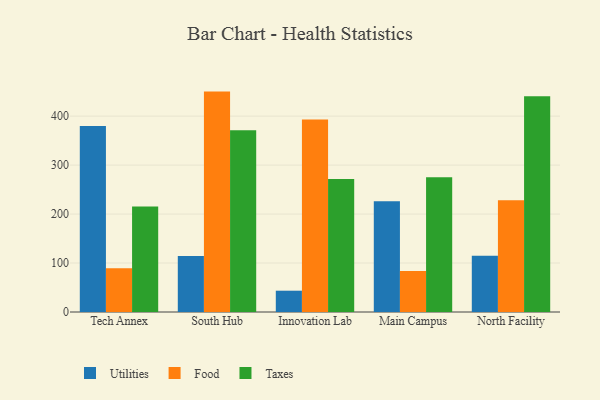
{"axis": {"x": "Campus", "y": "Revenue (USD Million)"}, "legend": ["Food", "Taxes", "Utilities"], "data": [{"x": "Tech Annex", "y": 379.9, "type": "Utilities"}, {"x": "Tech Annex", "y": 89.2, "type": "Food"}, {"x": "Tech Annex", "y": 215.7, "type": "Taxes"}, {"x": "South Hub", "y": 114.3, "type": "Utilities"}, {"x": "South Hub", "y": 450.1, "type": "Food"}, {"x": "South Hub", "y": 371.1, "type": "Taxes"}, {"x": "Innovation Lab", "y": 43.5, "type": "Utilities"}, {"x": "Innovation Lab", "y": 393.2, "type": "Food"}, {"x": "Innovation Lab", "y": 271.6, "type": "Taxes"}, {"x": "Main Campus", "y": 226.0, "type": "Utilities"}, {"x": "Main Campus", "y": 83.6, "type": "Food"}, {"x": "Main Campus", "y": 275.3, "type": "Taxes"}, {"x": "North Facility", "y": 115.0, "type": "Utilities"}, {"x": "North Facility", "y": 228.3, "type": "Food"}, {"x": "North Facility", "y": 440.6, "type": "Taxes"}]}